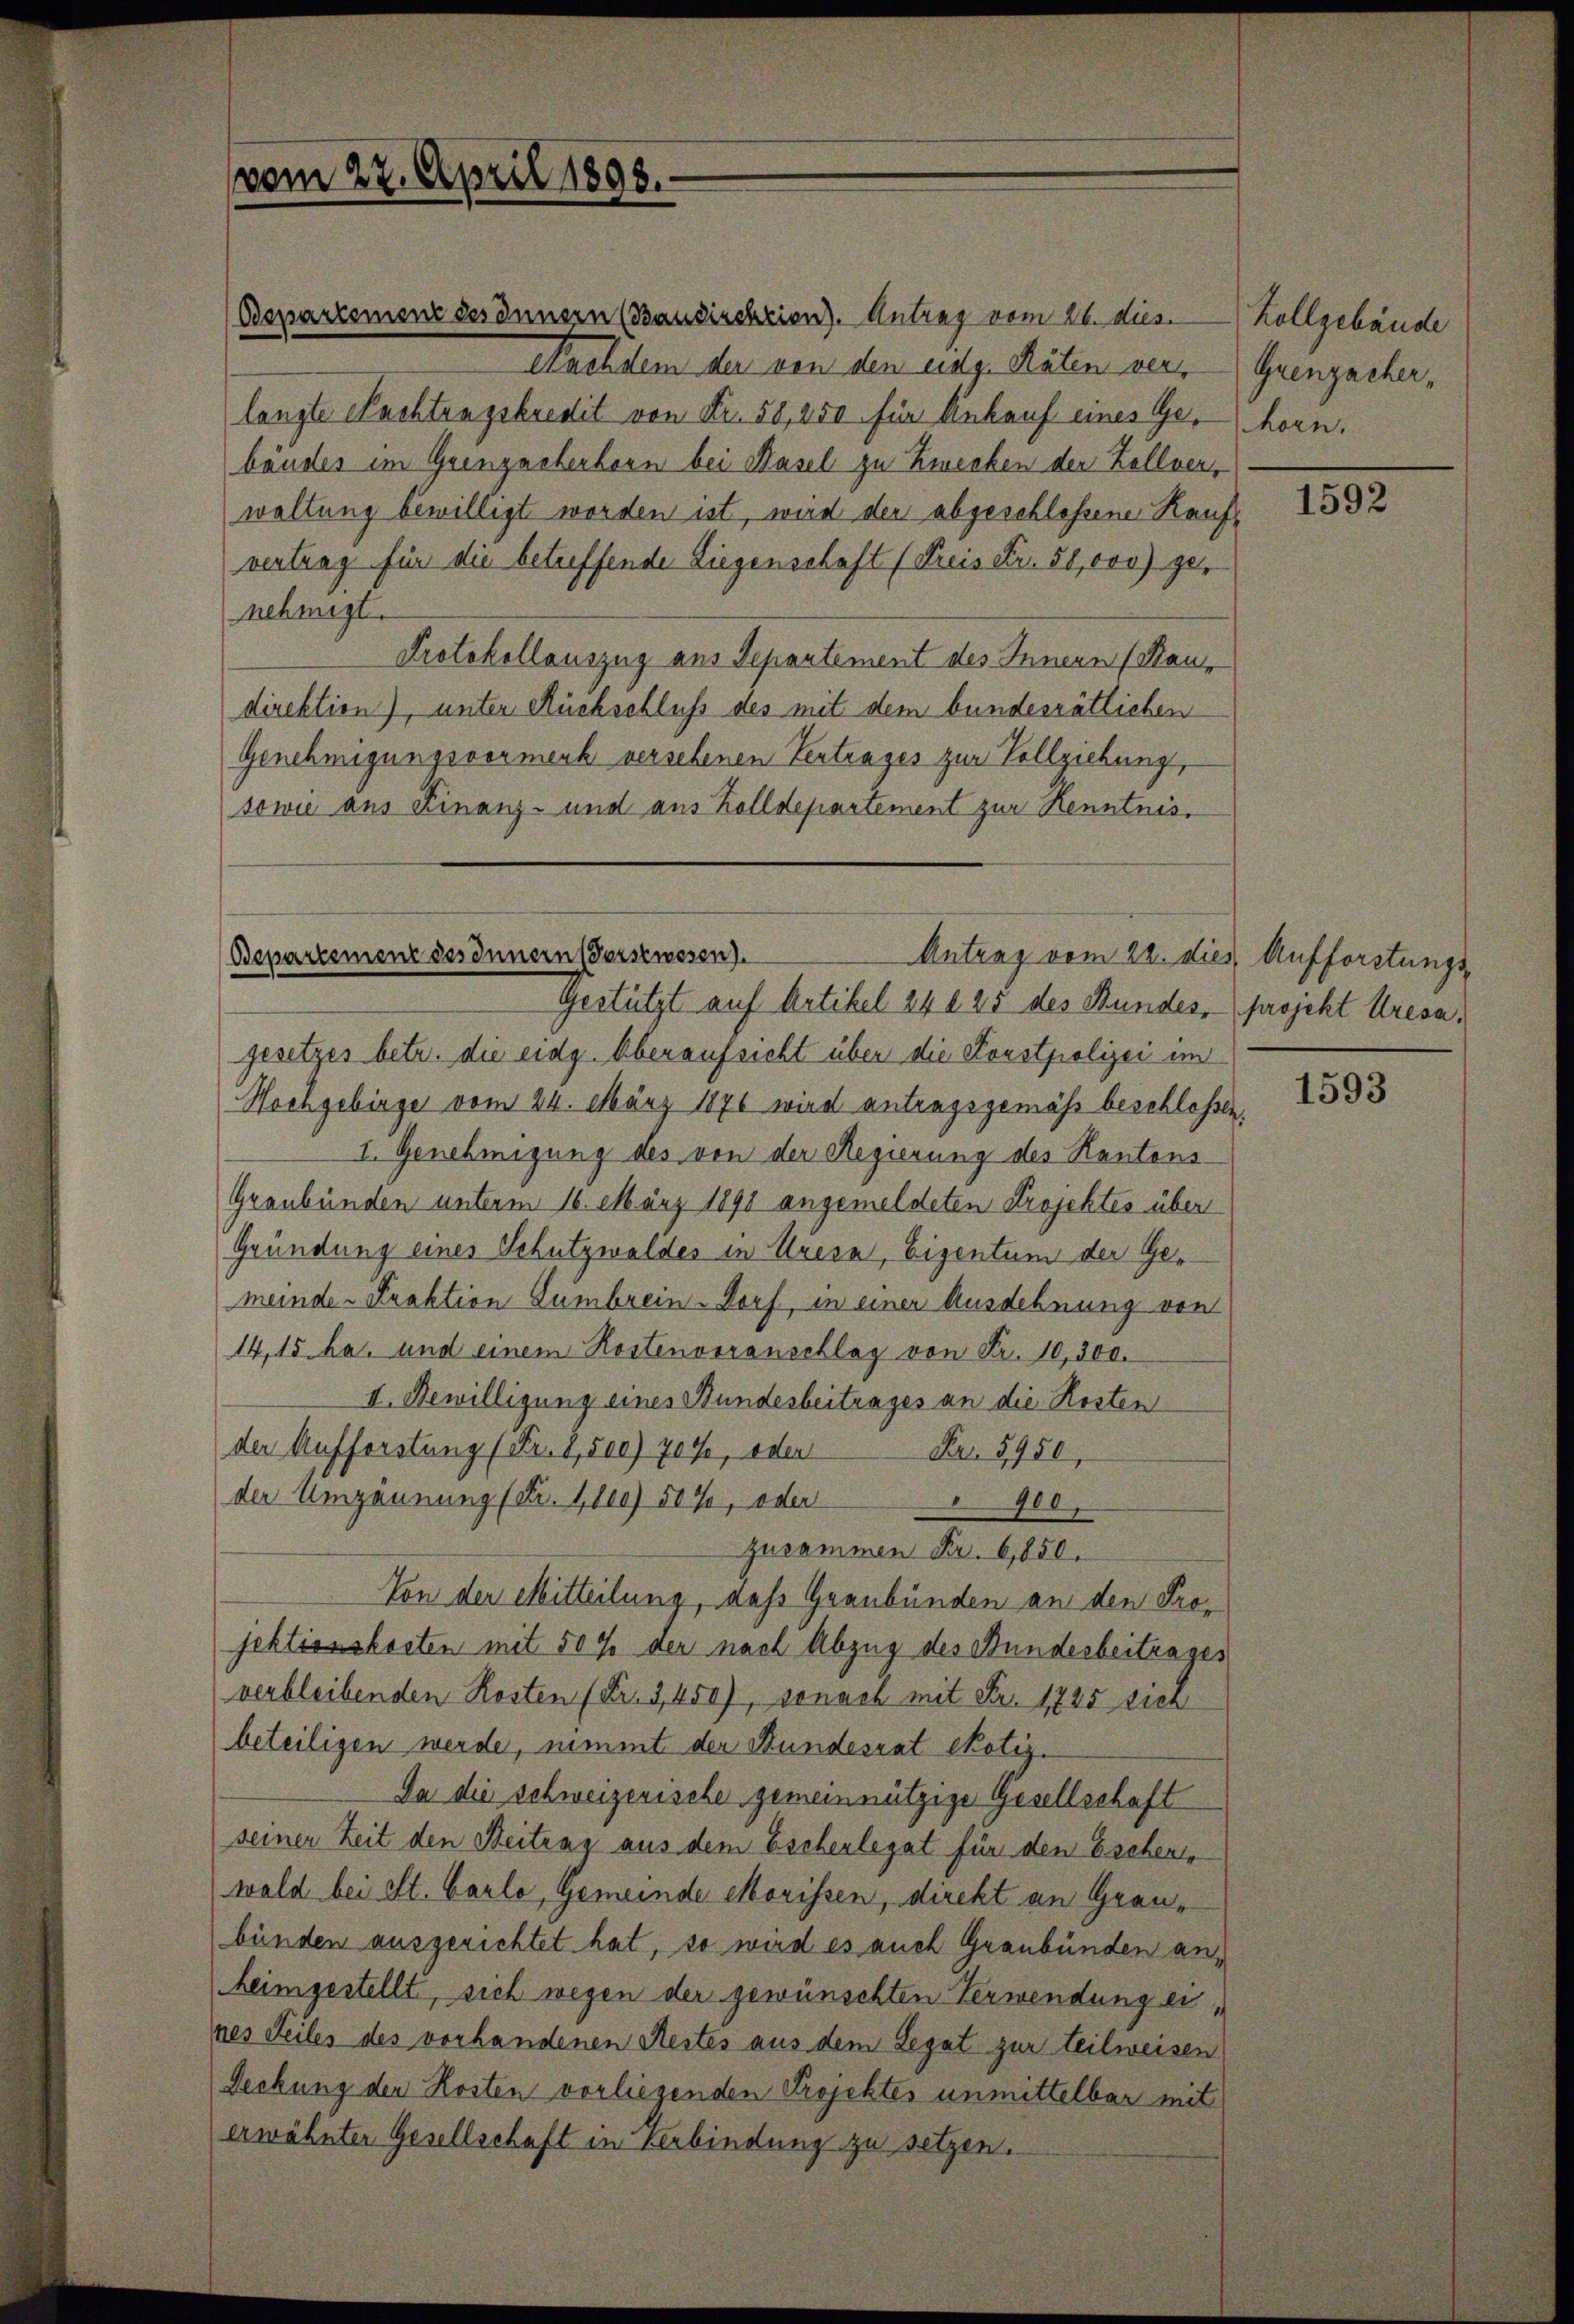
vom 22. April 1898.

(Bepartement des Innern (Bausischrion). Antrag vom 26. dies. Kollgebäude
langte Nachtragskredit von Fr. 58, 250 für Ankauf eines Gebänder im Grenzecherhorn bei Hasel zu Zwecken der Zollver-
waltung bewilligt worden ist, wird der abgeschlossene Kaufvertrag für die betreffende Liegenschaft (Kreis Fr. 50,000) genehmigt.
Protokollauszug aus Separtement des Innern (Kaudirektion), unter Rückschluß des mit dem bundesrätlichen
Genehmigungsvormerk versehenen Vertrages zur Vollziehung,
sowie aus Finanz- und aus Zolldepartement zur Kenntnis,

Departement des Innern (Vorstwesen).
Antrag vom 22. dies Aufforstungs¬
Gestützt auf Artikel 24 § 25 des Bundes, projekt Kresa,

Nachdem der von den eidg. Räten ver¬

gesetzes betr. die eidg. Oberaufsicht über die Forstpolizei im
Hochgebirge vom 24. März 1871 wird antragsgemäß beschlossen,
I. Genehmigung des von der Regierung des Kantons¬
Graubünden unterm 16. März 1891 angemeldeten Projektes über
Gründung eines Schutzwaldes in Uresa, Eigentum der Gemeinde- Praktion umbrein Dorf, in einer Ausdehnung von
14,15 ha. und einem Kostenvoranschlag von Fr. 10,300.
II. Bewilligung eines Bundesbeitrages an die Kosten
der Aufforstung (Fr. 1,500) 707, oder Fr. 5950,
der Umzäunung (Nr. 1100) 50%, oder 900
zurammen Fr. 6,850.
Von der Mitteilung, das Graubünden an den Projektionskosten mit 507 der nach Abzug des Bundesbeitrages
verbleibenden Kosten (Fr. 3450), sonach mit Fr. 1725 dien
beteiligen werde, nimmt der Bundesrat exotiz.
Da die schweizerische gemeinnützige Gesellschaft
seiner Zeit den Beitrag aus dem Escherlegat für den Eschen,
wald bei St. Carlo, Gemeinde Morissen, direkt an Graubünden ausgerichtet hat, so wird es auch Graubünden anheimgestellt, sich wegen der gewünschten Verwendung eines Teiles des vorhandenen Restes aus dem Legat zur teilweisen
Deckung der Kosten vorliegenden Projektes unmittelbar mit
erwähnter Gesellschaft in Verbindung zu setzen.

Grenzacher,
horn.

1832.

1593